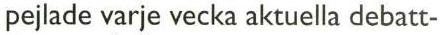
pejlade varje vecka aktuella debatt-